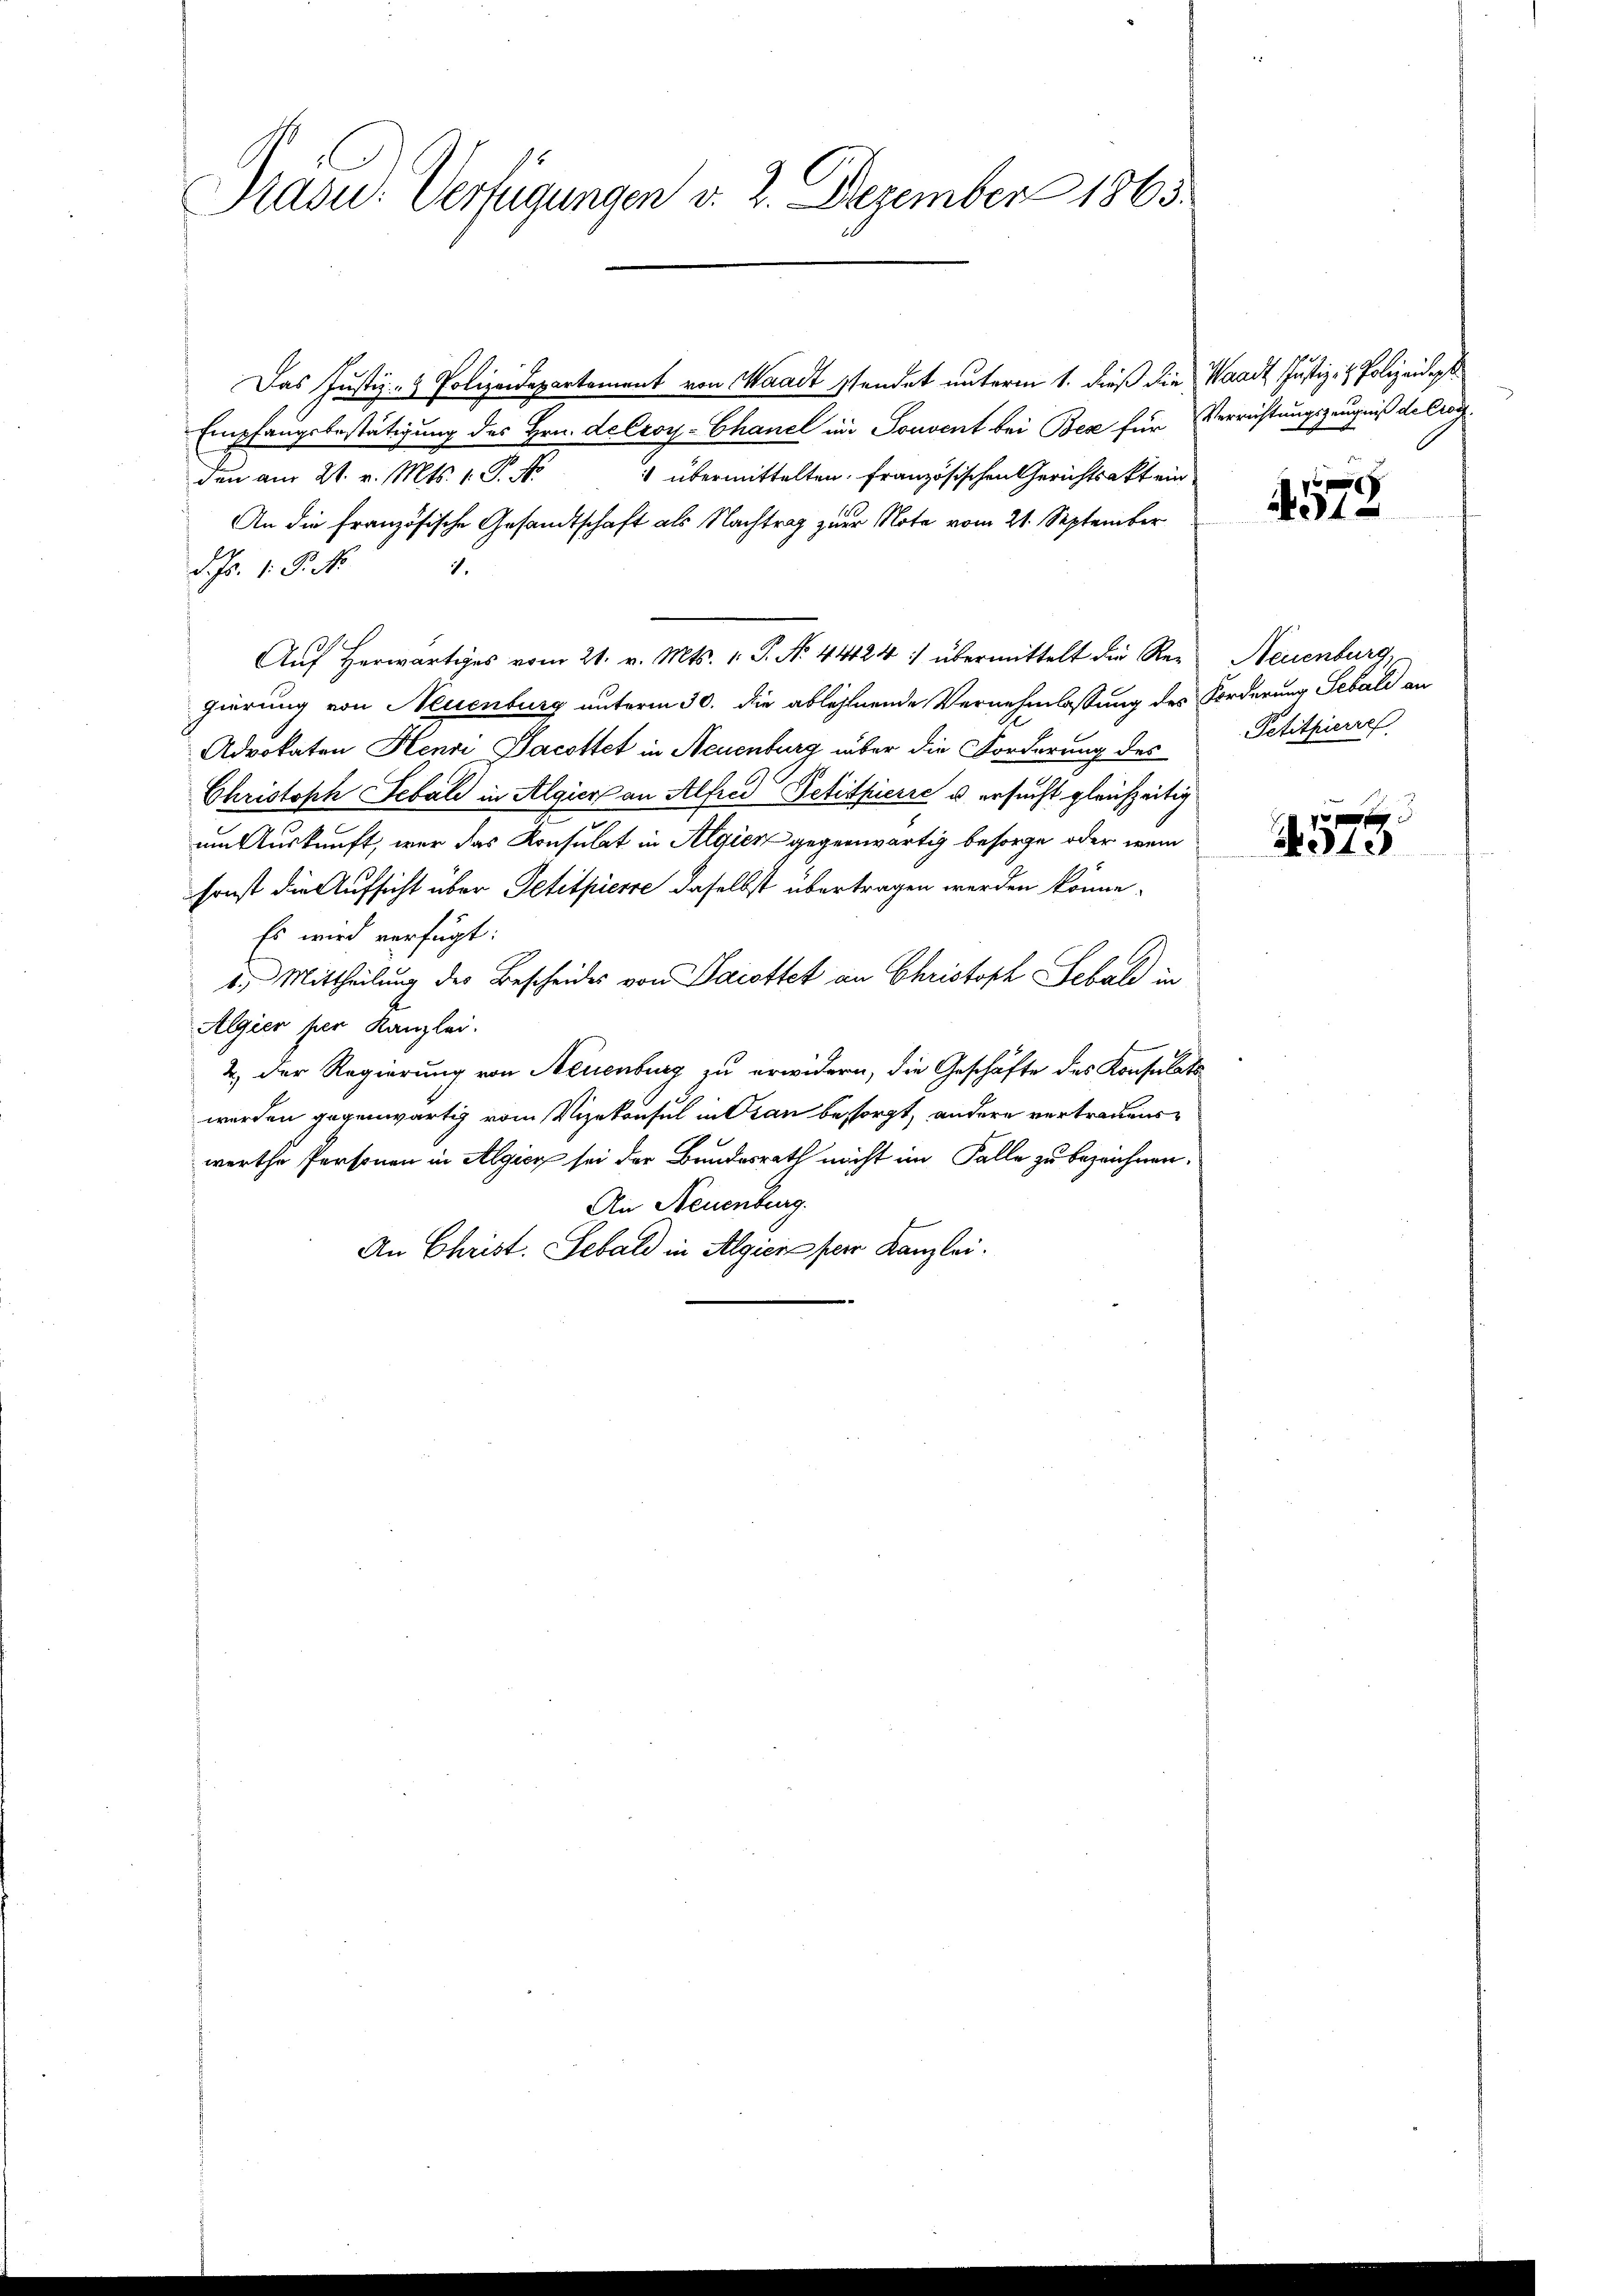
Präsid.. Verfügungen v. 2. Dezember 1865

Das Justiz- & Polizeidepartement von Waadt sendet unterm 1. dieß die Waadt Justiz- & Polizeiders
Empfangsbestätigung des Hrn. Leeroy-Chancl in Souvent bei Bex für Verrichtungszeugniß deliog¬
 übermittelten französischen Gerichtsakt ein
den am 21. v. Mts. 1. P. Jo
An die französische Gesandtschaft als Nachtrag zur Note vom 21. September
d. Js. 1. P. N
1.
Aŭf herwärtiges vom 21. v. Mts. 1. P. Nr. 44424 :/ übermittelt die Re-
gierung von Neuenburg unterm 30. die ablehnende Vernehmlassung des Forderung Sebali an
Advokaten Henri Jacottet in Neuenburg über die Forderung des
Christoph Sebald in Algier an Alfred Petitpierić u. ersucht gleichzeitig
um Auskunft, war das Konsulat in Algien gegenwärtig besorge oder wenn
sonst die Aufsicht über Petitpierre daselbst übertragen werden könne.
Es wird verfügt:
1.) Mittheilung des Bescheides von Dacottet an Christoph Sebald in
Algien per Kanzlei.
2.) Der Regierung von Neuenburg zu erwidern, die Geschäfte des Konsulats
werden gegenwärtig vom Vizekonsul in Oran besorgt, andere vertrauenswerthe Personen in Algien sei der Bundesrath nicht im Falle zu bezeichnen.
An Neuenburg.
An Christ. Sebald in Algien per Kanzlei.

4573

Neuenburg,
Petitherre

291.